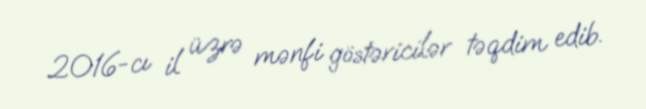
2016-cı il üzrə mənfi göstəricilər təqdim edib.